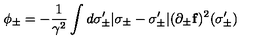
\phi _ { \pm } = - \frac { 1 } { \gamma ^ { 2 } } \int d \sigma _ { \pm } ^ { \prime } | \sigma _ { \pm } - \sigma _ { \pm } ^ { \prime } | ( \partial _ { \pm } { \bf f } ) ^ { 2 } ( \sigma _ { \pm } ^ { \prime } )